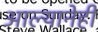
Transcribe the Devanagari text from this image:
आल्यानेही